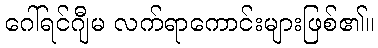
ဂေါ်ရင်ဂျီမ လက်ရာကောင်းများဖြစ်၏။